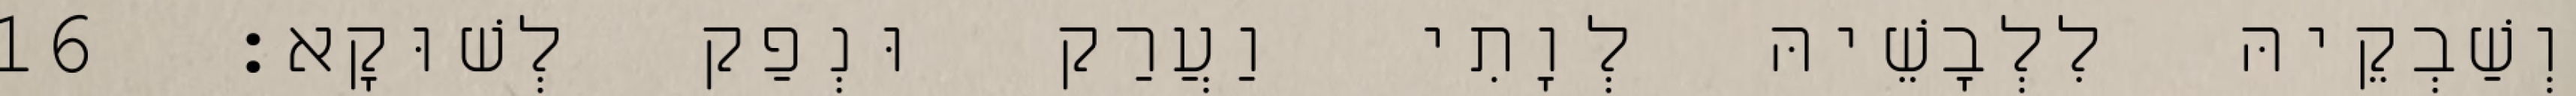
וְשַׁבְקֵיהּ לִלְבָשֵׁיהּ לְוָתִי וַעֲרַק וּנְפַק לְשׁוּקָא׃ 16